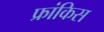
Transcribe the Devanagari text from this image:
फ्रांकिस